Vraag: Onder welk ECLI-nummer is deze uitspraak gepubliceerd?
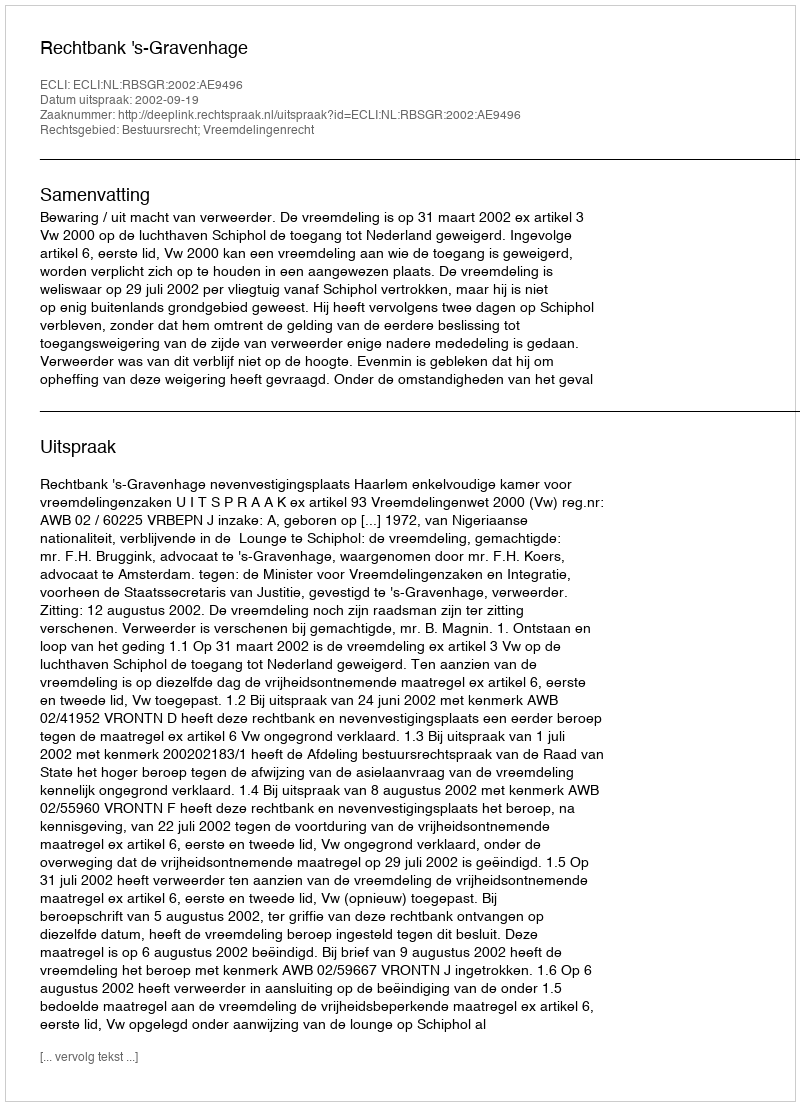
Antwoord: ECLI:NL:RBSGR:2002:AE9496